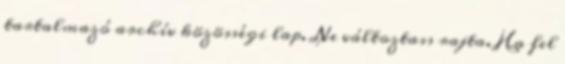
tartalmazó archív közösségi lap. Ne változtass rajta. Ha fel